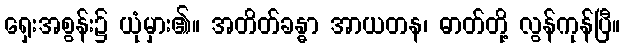
ရှေးအစွန်း၌ ယုံမှား၏။ အတိတ်ခန္ဓာ အာယတန၊ ဓာတ်တို့ လွန်ကုန်ပြီ။